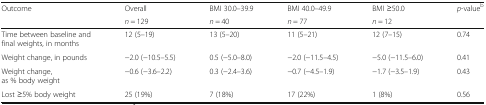
| <ROWSPAN=2> Outcome | Overall | BMI 30.0–39.9 | BMI 40.0–49.9 | BMI ≥50.0 | p-valueb |
 | n = 129 | n = 40 | n = 77 | n = 12 |  |
 | --- | --- | --- | --- | --- | --- |
 | Time between baseline and final weights, in months | 12 (5–19) | 13 (5–20) | 11 (5–21) | 12 (7–15) | 0.74 |
 | Weight change, in pounds | −2.0 (−10.5–5.5) | 0.5 (−5.0–8.0) | −2.0 (−11.5–4.5) | −5.0 (−11.5–6.0) | 0.41 |
 | Weight change, as % body weight | −0.6 (−3.6–2.2) | 0.3 (−2.4–3.6) | −0.7 (−4.5–1.9) | −1.7 (−3.5–1.9) | 0.43 |
 | Lost ≥5% body weight | 25 (19%) | 7 (18%) | 17 (22%) | 1 (8%) | 0.56 |